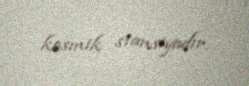
kosmik stansiyadır.